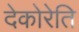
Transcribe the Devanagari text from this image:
देकोरेति